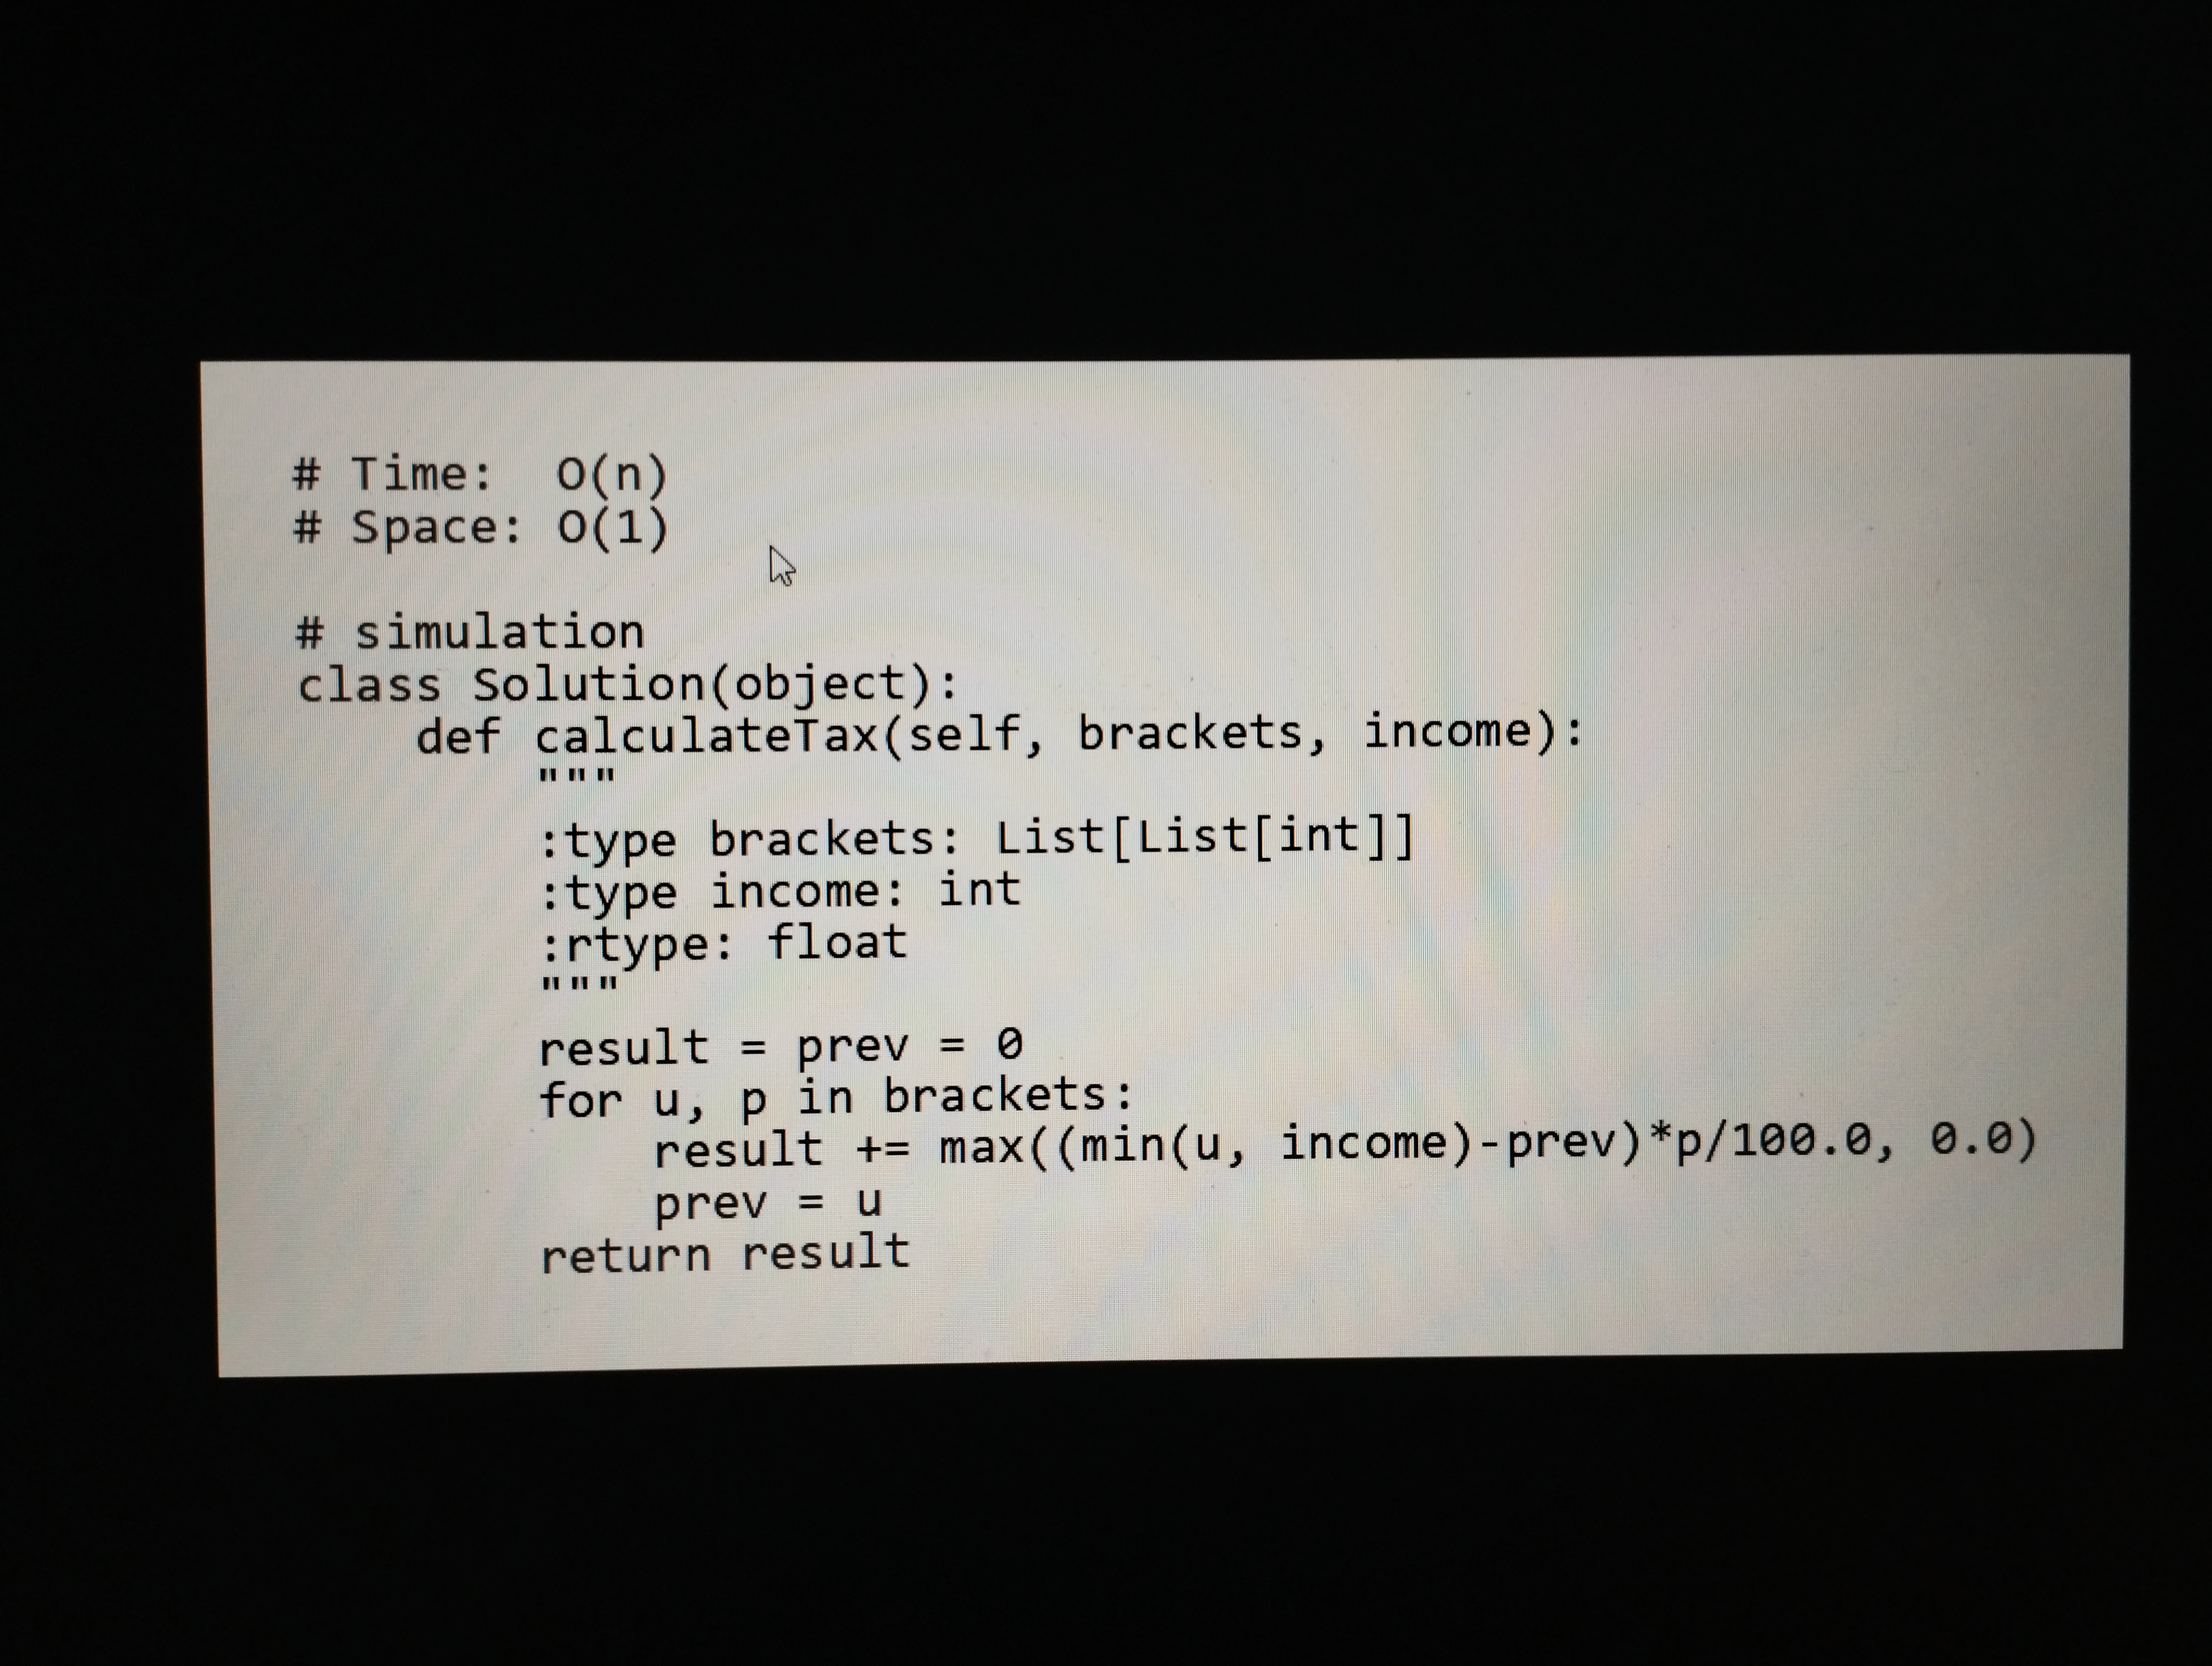
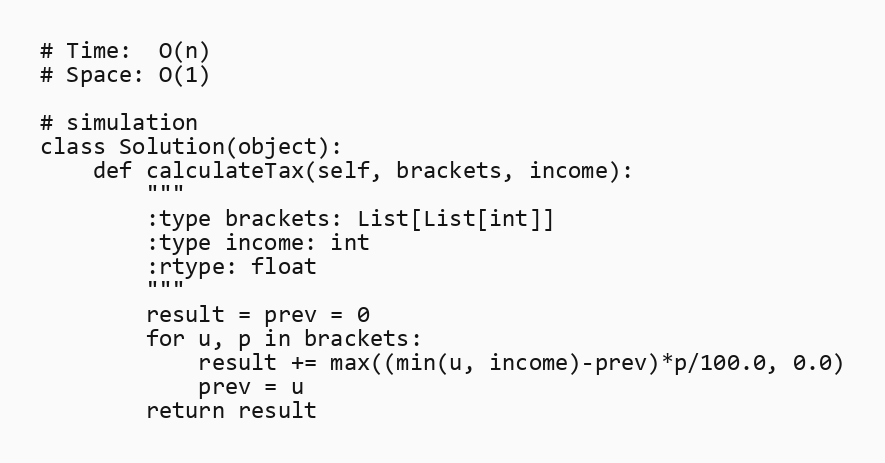
# Time:  O(n)
# Space: O(1)

# simulation
class Solution(object):
    def calculateTax(self, brackets, income):
        """
        :type brackets: List[List[int]]
        :type income: int
        :rtype: float
        """
        result = prev = 0
        for u, p in brackets:
            result += max((min(u, income)-prev)*p/100.0, 0.0)
            prev = u
        return result